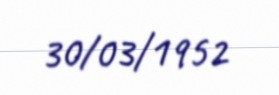
30/03/1952